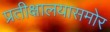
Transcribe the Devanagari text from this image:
प्रतीक्षालयासमोर